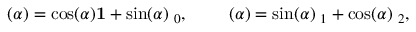
{ \bf \omega } ( \alpha ) = \cos ( \alpha ) { \bf 1 } + \sin ( \alpha ) { \bf \gamma } _ { 0 } , \qquad { \bf \gamma } ( \alpha ) = \sin ( \alpha ) { \bf \gamma } _ { 1 } + \cos ( \alpha ) { \bf \gamma } _ { 2 } ,